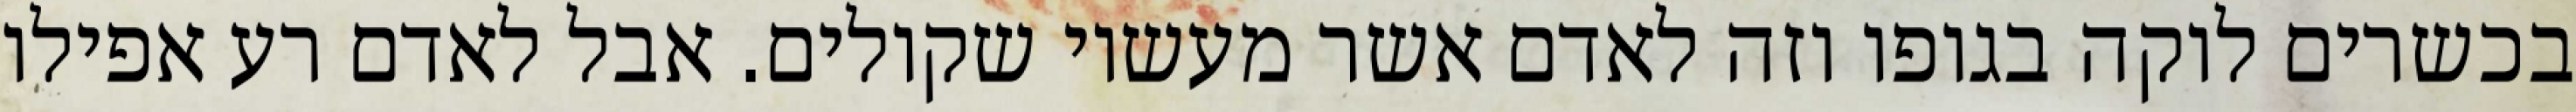
בכשרים לוקה בגופו וזה לאדם אשר מעשיו שקולים. אבל לאדם רע אפילו